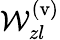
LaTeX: \mathcal{W}_{zl}^{\mathrm{(v)}}